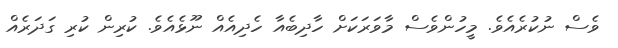
ވެސް ނުކުރެއެވެ. މީހުންވެސް މާވަރަކަށް ހާދިބެއާ ހެދިއެއް ނޫޅެއެވެ. ކުރިން ކުރި ގަދަރެއް